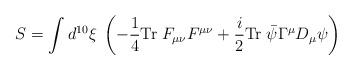
LaTeX: \begin{align*}S =\int d^{10}\xi \; \left( -\frac{1}{4} {\rm Tr}\; F_{\mu \nu}F^{\mu \nu}+\frac{i}{2} {\rm Tr}\; \bar{\psi} \Gamma^\mu D_{\mu} \psi \right)\end{align*}